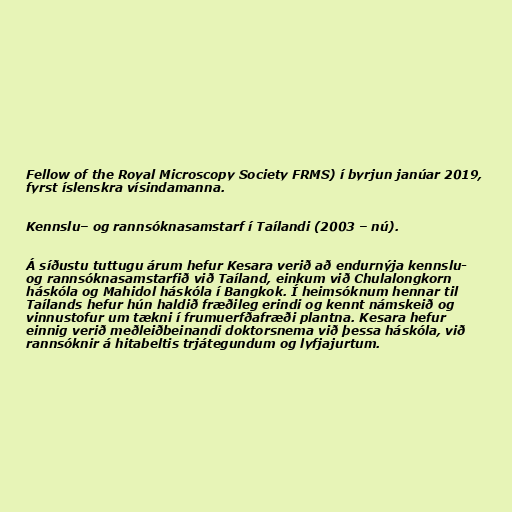
Fellow of the Royal Microscopy Society FRMS) í byrjun janúar 2019,
fyrst íslenskra vísindamanna.

Kennslu– og rannsóknasamstarf í Taílandi (2003 – nú).

Á síðustu tuttugu árum hefur Kesara verið að endurnýja kennslu-
og rannsóknasamstarfið við Taíland, einkum við Chulalongkorn
háskóla og Mahidol háskóla í Bangkok. Í heimsóknum hennar til
Taílands hefur hún haldið fræðileg erindi og kennt námskeið og
vinnustofur um tækni í frumuerfðafræði plantna. Kesara hefur
einnig verið meðleiðbeinandi doktorsnema við þessa háskóla, við
rannsóknir á hitabeltis trjátegundum og lyfjajurtum.